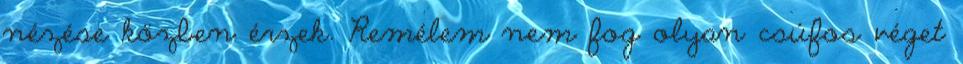
nézése közben érzek. Remélem nem fog olyan csúfos véget